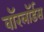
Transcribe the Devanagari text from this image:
वाॅरलाॅर्डस